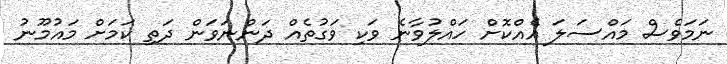
ނަމަވެސް މައްސަލަ އެއްކޮށް ހައްލުވާނެ ވަކި ވަގުތެއް ދަންނަވަން ދަތި ކަމަށް މައުމޫނު